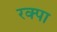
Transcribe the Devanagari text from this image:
रक्पा